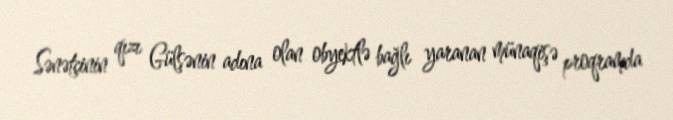
Sənətçinin qızı Gülşənin adına olan obyektlə bağlı yaranan münaqişə proqramda